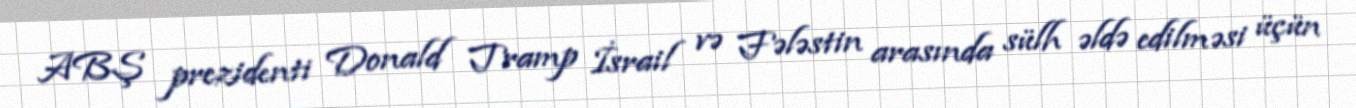
ABŞ prezidenti Donald Tramp İsrail və Fələstin arasında sülh əldə edilməsi üçün